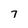
Character: 7